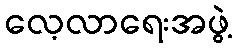
လေ့လာရေးအဖွဲ့